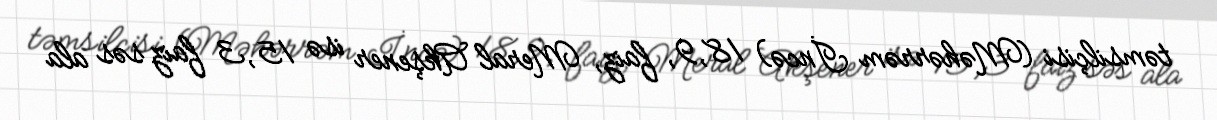
təmsilçisi (Məhərrəm İncə) 18,9, faiz, Meral Akşener isə 15,3 faiz səs ala